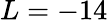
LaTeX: L=-14